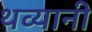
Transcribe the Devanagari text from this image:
थव्यानी